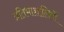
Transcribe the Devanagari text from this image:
प्रतिभाशालियों